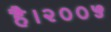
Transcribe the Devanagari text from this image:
है।२००५